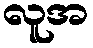
လူအ